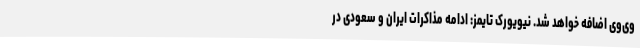
وی‌وی اضافه خواهد شد. نیویورک تایمز: ادامه مذاکرات ایران و سعودی در